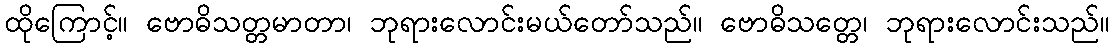
ထိုကြောင့်။ ဗောဓိသတ္တမာတာ၊ ဘုရားလောင်းမယ်တော်သည်။ ဗောဓိသတ္တေ၊ ဘုရားလောင်းသည်။